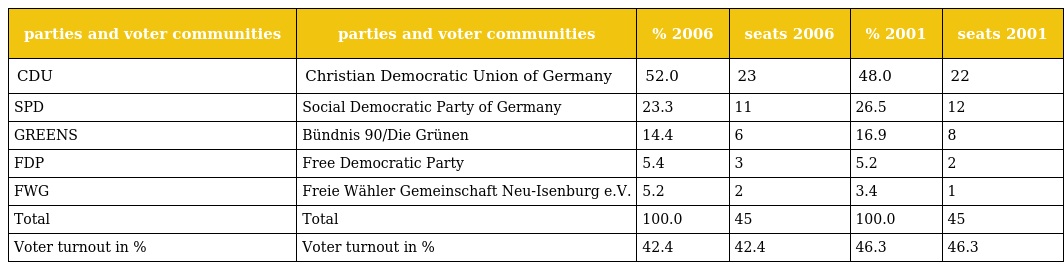
| parties and voter communities | parties and voter communities | % 2006 | seats 2006 | % 2001 | seats 2001 |
 | --- | --- | --- | --- | --- | --- |
 | CDU | Christian Democratic Union of Germany | 52.0 | 23 | 48.0 | 22 |
 | SPD | Social Democratic Party of Germany | 23.3 | 11 | 26.5 | 12 |
 | GREENS | Bündnis 90/Die Grünen | 14.4 | 6 | 16.9 | 8 |
 | FDP | Free Democratic Party | 5.4 | 3 | 5.2 | 2 |
 | FWG | Freie Wähler Gemeinschaft Neu-Isenburg e.V. | 5.2 | 2 | 3.4 | 1 |
 | Total | Total | 100.0 | 45 | 100.0 | 45 |
 | Voter turnout in % | Voter turnout in % | 42.4 | 42.4 | 46.3 | 46.3 |